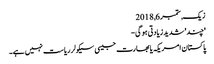
زیک, ‏ستمبر 6, 2018
'چند' شدید زیادتی ہو گی-
پاکستان امریکہ یا بھارت جیسی سیکولر ریاست نہیں ہے۔